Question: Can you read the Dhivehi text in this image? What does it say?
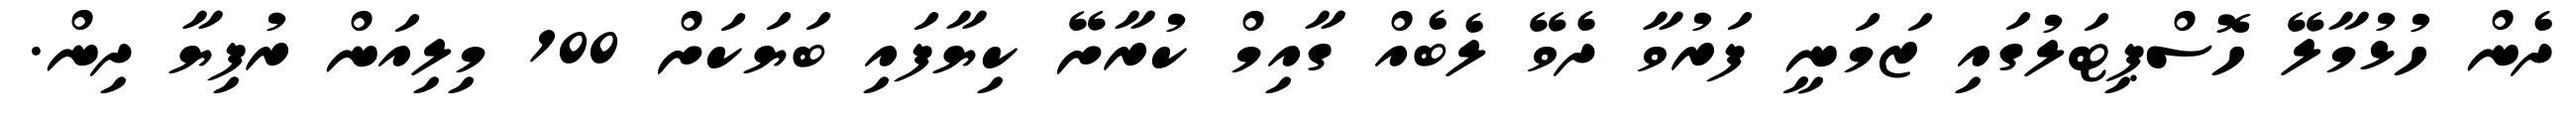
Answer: ދެން ހުޅުމާލޭ ހޮސްޕިޓަލުގައި ޒަމަނީ ފަރުވާ ދެވޭ ލެބެއް ގާއިމް ކުރާށޭ ކިޔާފައި ބަޔަކަށް 100 މިލިއަން ރުފިޔާ ދިން.